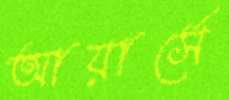
আয়ার্সে